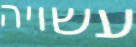
עשויה